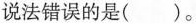
说法错误的是( )。